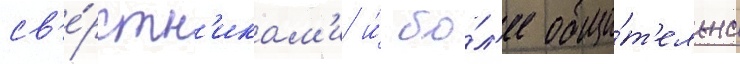
св'е́рстн'икам'и и́ бо́л'ее общи́т'ельна